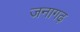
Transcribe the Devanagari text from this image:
जनागढ़